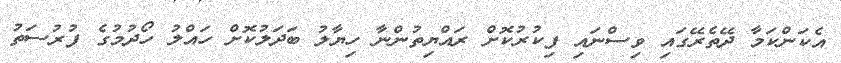
އެކަންކަމާ ދޭތެރޭގައި ވިސްނައި ފިކުރުކޮށް ރައްޔިތުންނާ ހިޔާލު ބަދަލުކޮށް ހައްލު ހޯދުމުގެ ފުރުސަތު